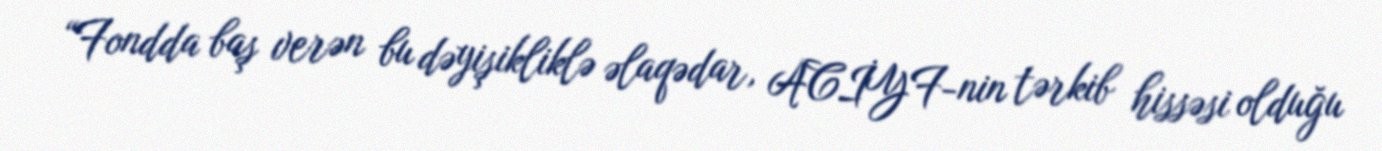
“Fondda baş verən bu dəyişikliklə əlaqədar, ACİYF-nin tərkib hissəsi olduğu